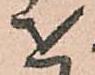
を